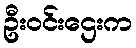
ဦးဝင်းဌေးက